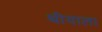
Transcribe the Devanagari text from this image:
थीयाला